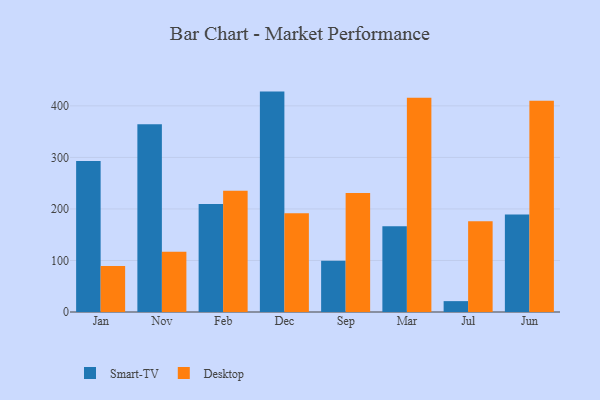
{"axis": {"x": "Month", "y": "Waste Production (Tons)"}, "legend": ["Desktop", "Smart-TV"], "data": [{"x": "Jan", "y": 292.9, "type": "Smart-TV"}, {"x": "Jan", "y": 89.1, "type": "Desktop"}, {"x": "Nov", "y": 364.2, "type": "Smart-TV"}, {"x": "Nov", "y": 116.9, "type": "Desktop"}, {"x": "Feb", "y": 209.7, "type": "Smart-TV"}, {"x": "Feb", "y": 235.4, "type": "Desktop"}, {"x": "Dec", "y": 427.7, "type": "Smart-TV"}, {"x": "Dec", "y": 191.4, "type": "Desktop"}, {"x": "Sep", "y": 99.5, "type": "Smart-TV"}, {"x": "Sep", "y": 230.9, "type": "Desktop"}, {"x": "Mar", "y": 166.4, "type": "Smart-TV"}, {"x": "Mar", "y": 416.0, "type": "Desktop"}, {"x": "Jul", "y": 21.1, "type": "Smart-TV"}, {"x": "Jul", "y": 176.2, "type": "Desktop"}, {"x": "Jun", "y": 189.2, "type": "Smart-TV"}, {"x": "Jun", "y": 410.0, "type": "Desktop"}]}